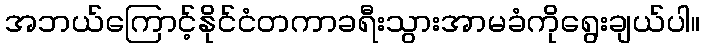
အဘယ်ကြောင့်နိုင်ငံတကာခရီးသွားအာမခံကိုရွေးချယ်ပါ။